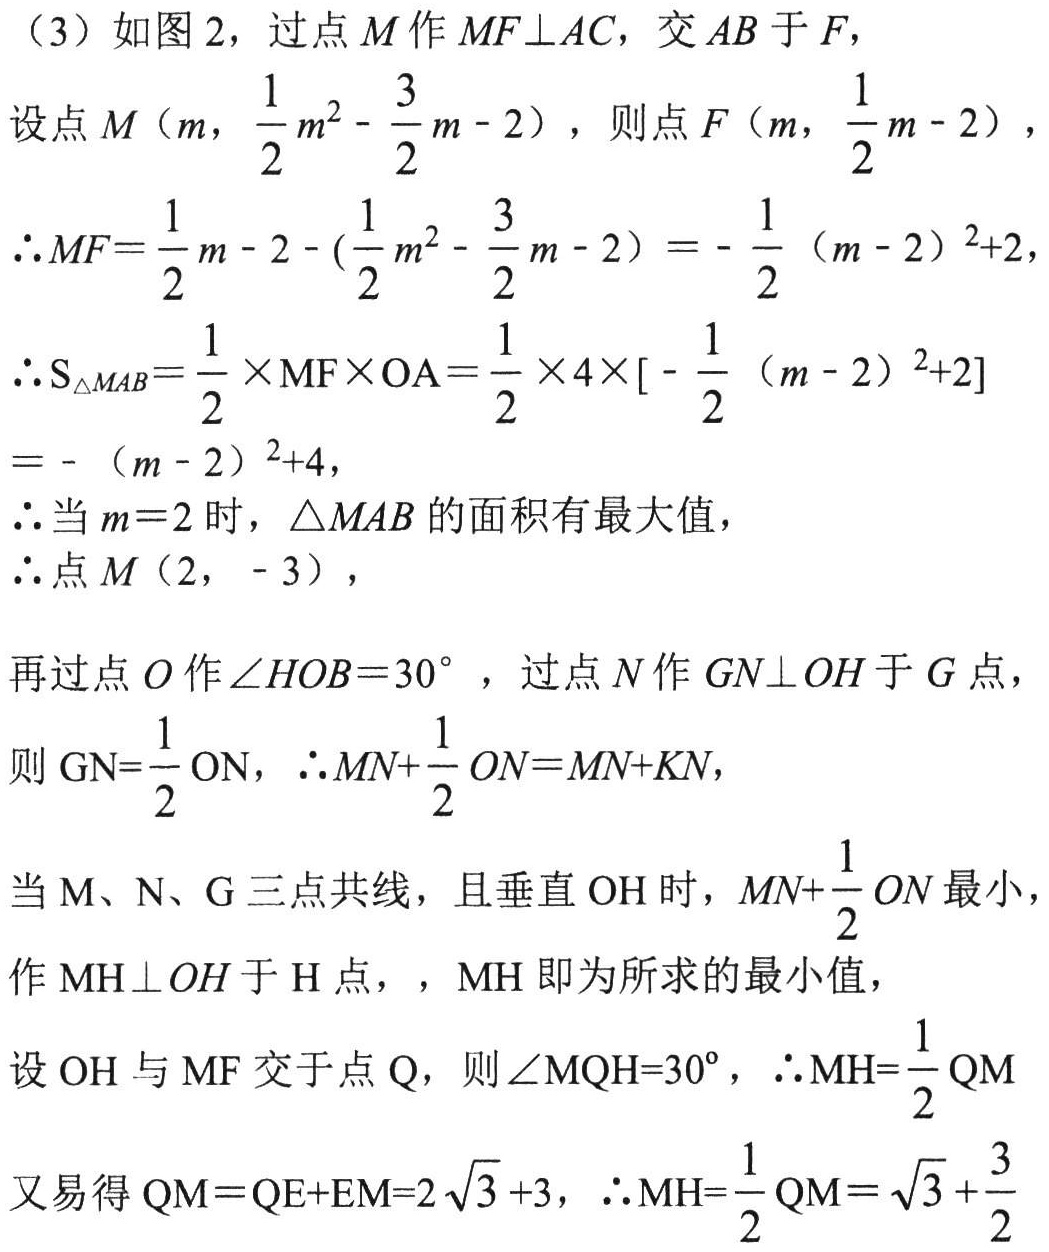
（3）如图2，过点\(M\)作\(MF\perp AC\)，交\(AB\)于\(F\)，
设点\(M\left(m,\frac{1}{2}m^{2}-\frac{3}{2}m - 2\right)\)，则点\(F\left(m,\frac{1}{2}m - 2\right)\)，
\(\therefore MF=\frac{1}{2}m - 2 - \left(\frac{1}{2}m^{2}-\frac{3}{2}m - 2\right)=-\frac{1}{2}(m - 2)^{2}+2\)，
\(\therefore S_{\triangle MAB}=\frac{1}{2}\times MF\times OA=\frac{1}{2}\times 4\times\left[-\frac{1}{2}(m - 2)^{2}+2\right]=-(m - 2)^{2}+4\)，
\(\therefore\)当\(m = 2\)时，\(\triangle MAB\)的面积有最大值，
\(\therefore\)点\(M(2,-3)\)，
再过点\(O\)作\(\angle HOB = 30^{\circ}\)，过点\(N\)作\(GN\perp OH\)于\(G\)点，
则\(GN=\frac{1}{2}ON\)，\(\therefore MN+\frac{1}{2}ON=MN+KN\)，
当\(M\)、\(N\)、\(G\)三点共线，且垂直\(OH\)时，\(MN+\frac{1}{2}ON\)最小，
作\(MH\perp OH\)于\(H\)点，，\(MH\)即为所求的最小值，
设\(OH\)与\(MF\)交于点\(Q\)，则\(\angle MQH = 30^{\circ}\)，\(\therefore MH=\frac{1}{2}QM\)
又易得\(QM = QE + EM = 2\sqrt{3}+3\)，\(\therefore MH=\frac{1}{2}QM=\sqrt{3}+\frac{3}{2}\)